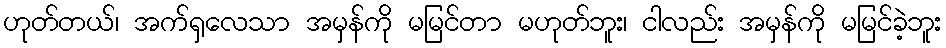
ဟုတ်တယ်၊ အက်ရှလေသာ အမှန်ကို မမြင်တာ မဟုတ်ဘူး၊ ငါလည်း အမှန်ကို မမြင်ခဲ့ဘူး